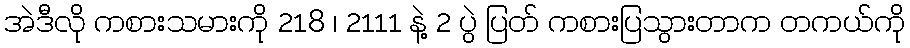
အဲဒီလို ကစားသမားကို 218 ၊ 2111 နဲ့ 2 ပွဲ ပြတ် ကစားပြသွားတာက တကယ်ကို